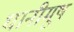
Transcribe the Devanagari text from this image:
धानीमूष